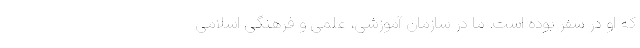
که او در سفر بوده است. ما در سازمان آموزشی، علمی و فرهنگی اسلامی